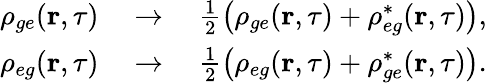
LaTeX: \begin{array}{r}{\rho_{ge}(\textbf{r},\tau)\quad\to\quad\frac{1}{2}\left(\rho_{ge}(\textbf{r},\tau)+\rho_{eg}^{*}(\textbf{r},\tau)\right),}\\ {\rho_{eg}(\textbf{r},\tau)\quad\to\quad\frac{1}{2}\left(\rho_{eg}(\textbf{r},\tau)+\rho_{ge}^{*}(\textbf{r},\tau)\right).}\end{array}